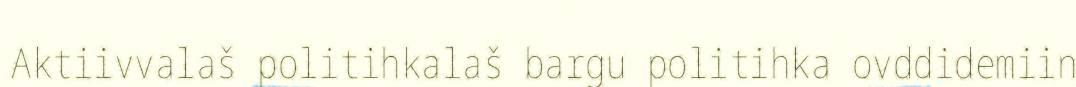
Aktiivvalaš politihkalaš bargu politihka ovddidemiin